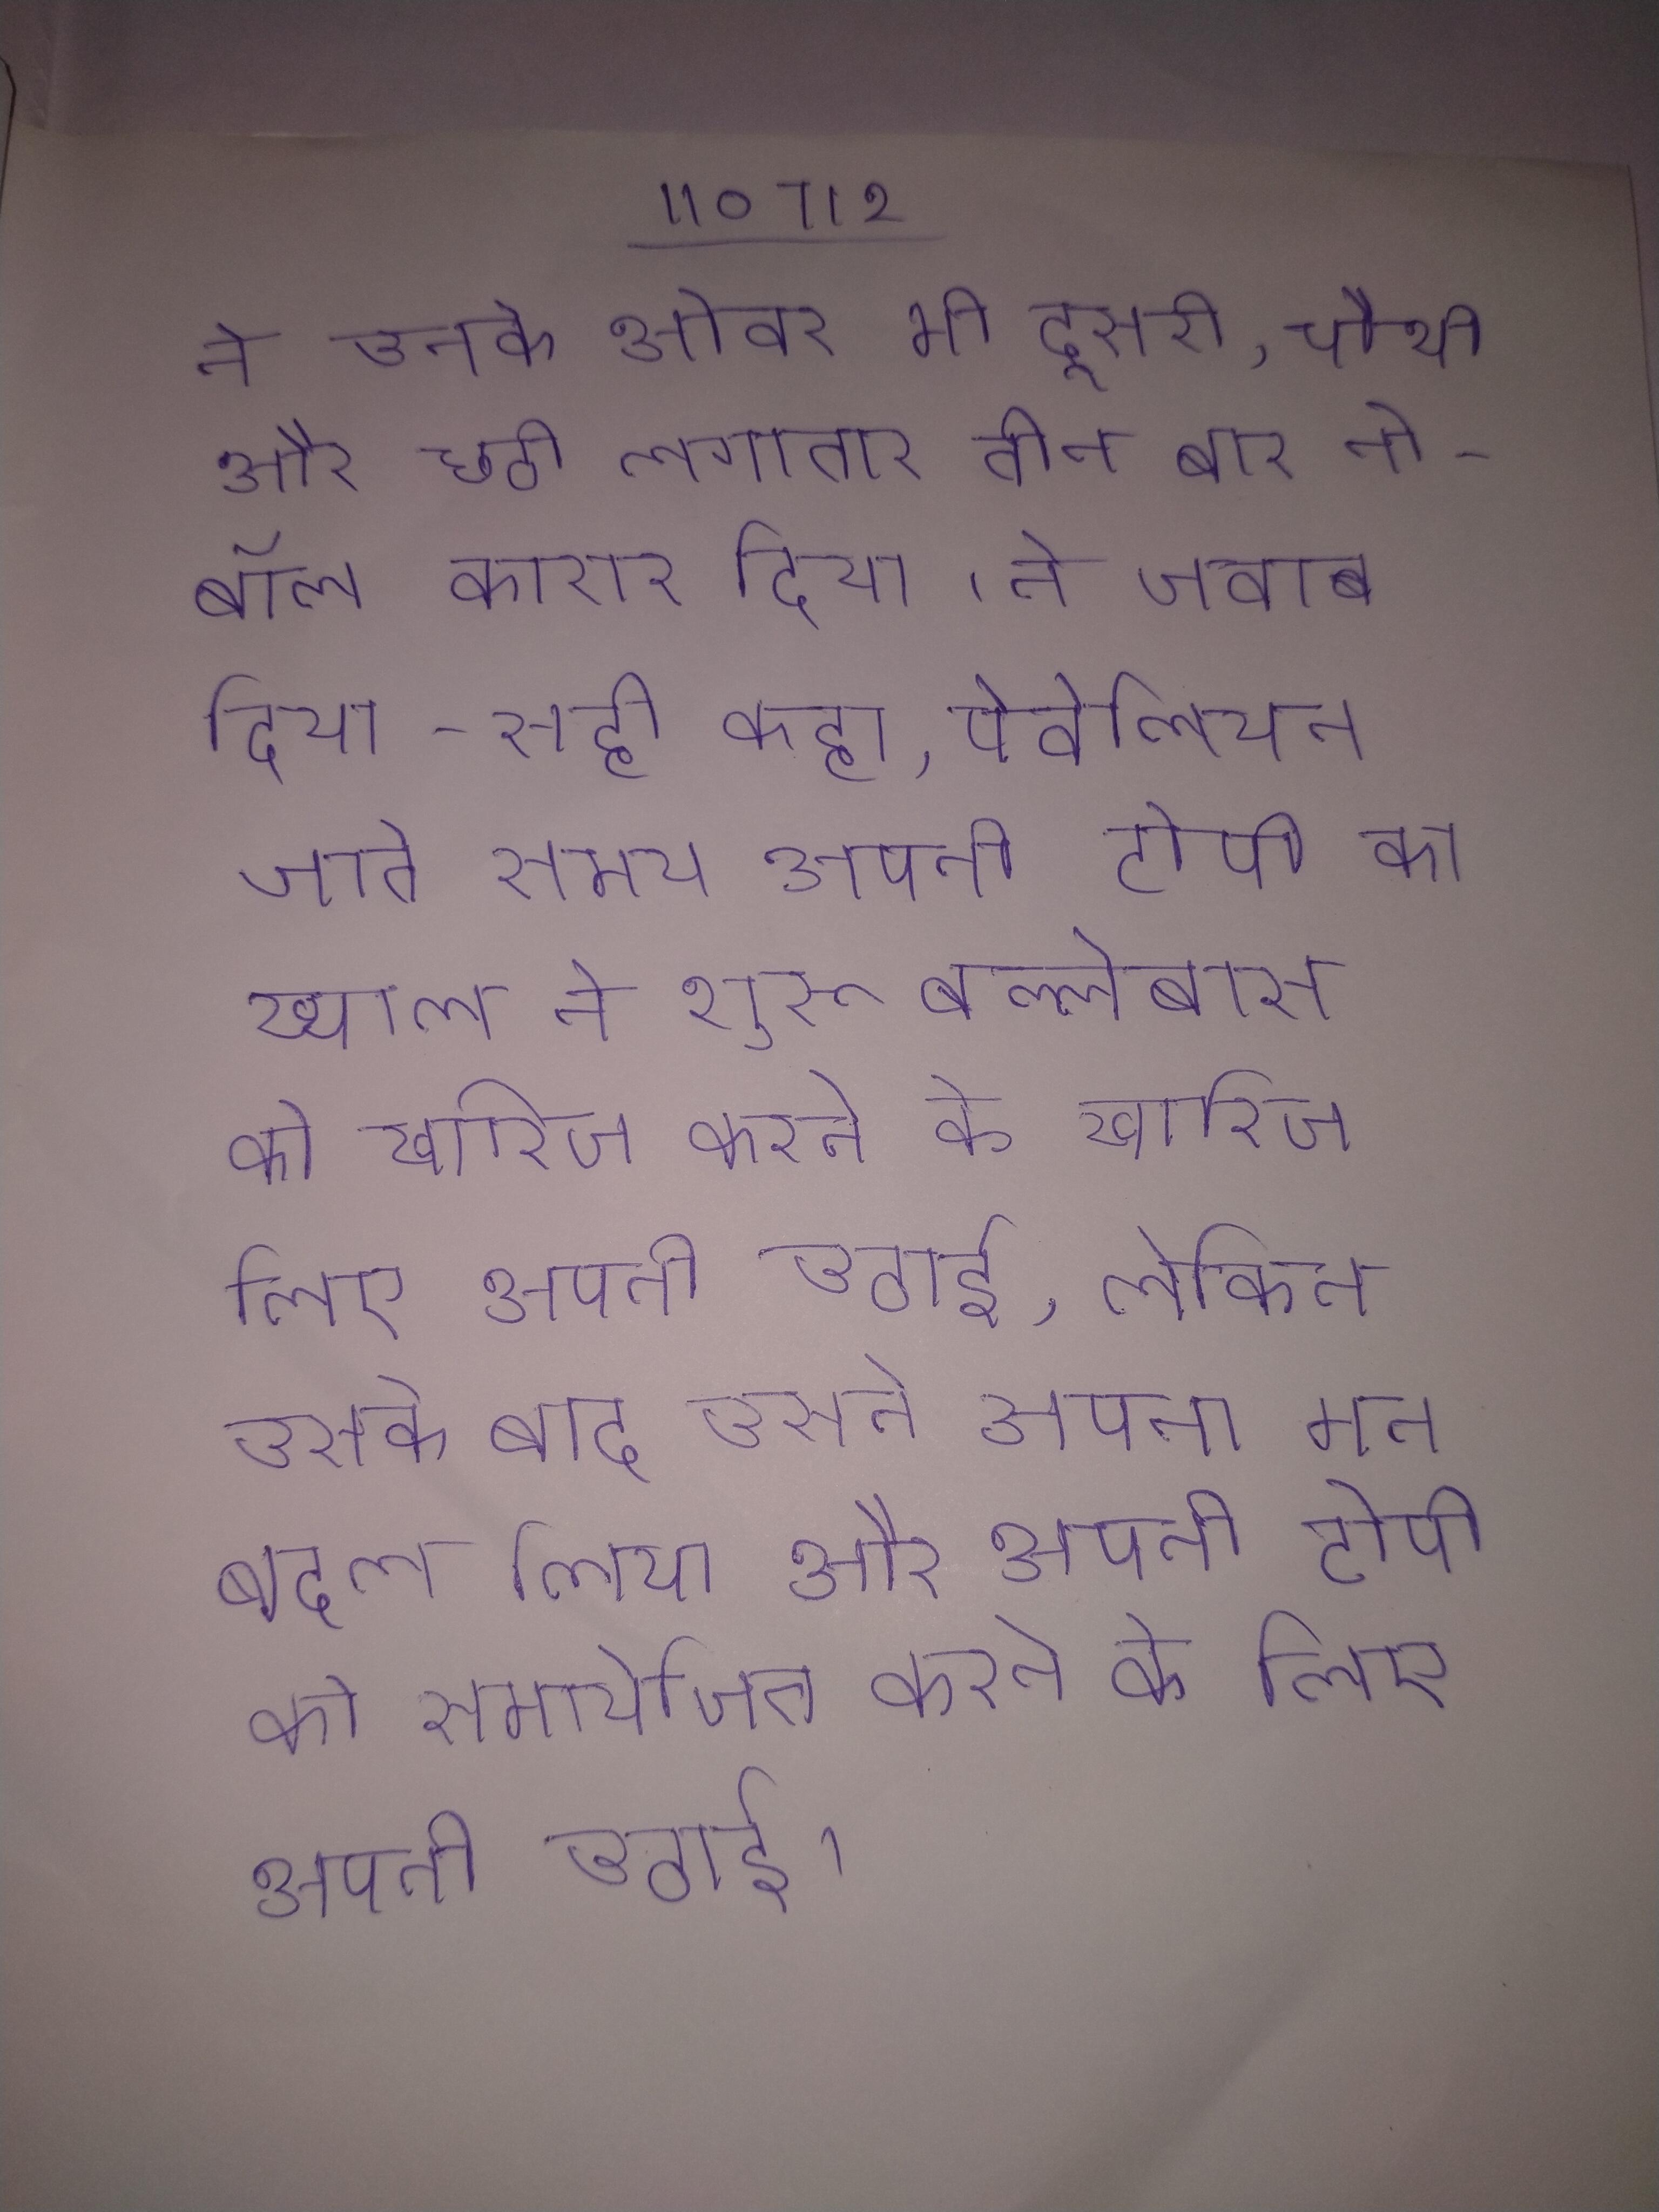
ने उनके ओवर भी दूसरी, चौथी और छठी लगातार तीन बार नो-बॉल करार दिया । ने जवाब दिया- सही कहा, पेवेलियन जाते समय अपनी टोपी का ख्याल ने शुरू बल्लेबाज को खारिज करने के लिए अपनी उठाई, लेकिन उसके बाद उसने अपना मन बदल लिया और अपनी टोपी को समायोजित करने के लिए अपनी उठाई ।